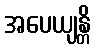
အပေယျန္တိ